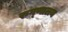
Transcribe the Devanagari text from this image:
रुग्‍णालय